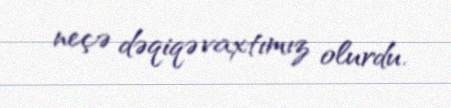
neçə dəqiqə vaxtımız olurdu.